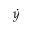
\dot { y }